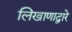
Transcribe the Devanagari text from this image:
लिखाणाद्वारे